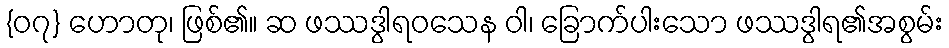
{၀၇} ဟောတု၊ ဖြစ်၏။ ဆ ဖဿဒွါရဝသေန ဝါ၊ ခြောက်ပါးသော ဖဿဒွါရ၏အစွမ်း